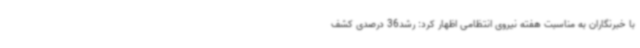
با خبرنگاران به مناسبت هفته نیروی انتظامی اظهار کرد: رشد36 درصدی کشف